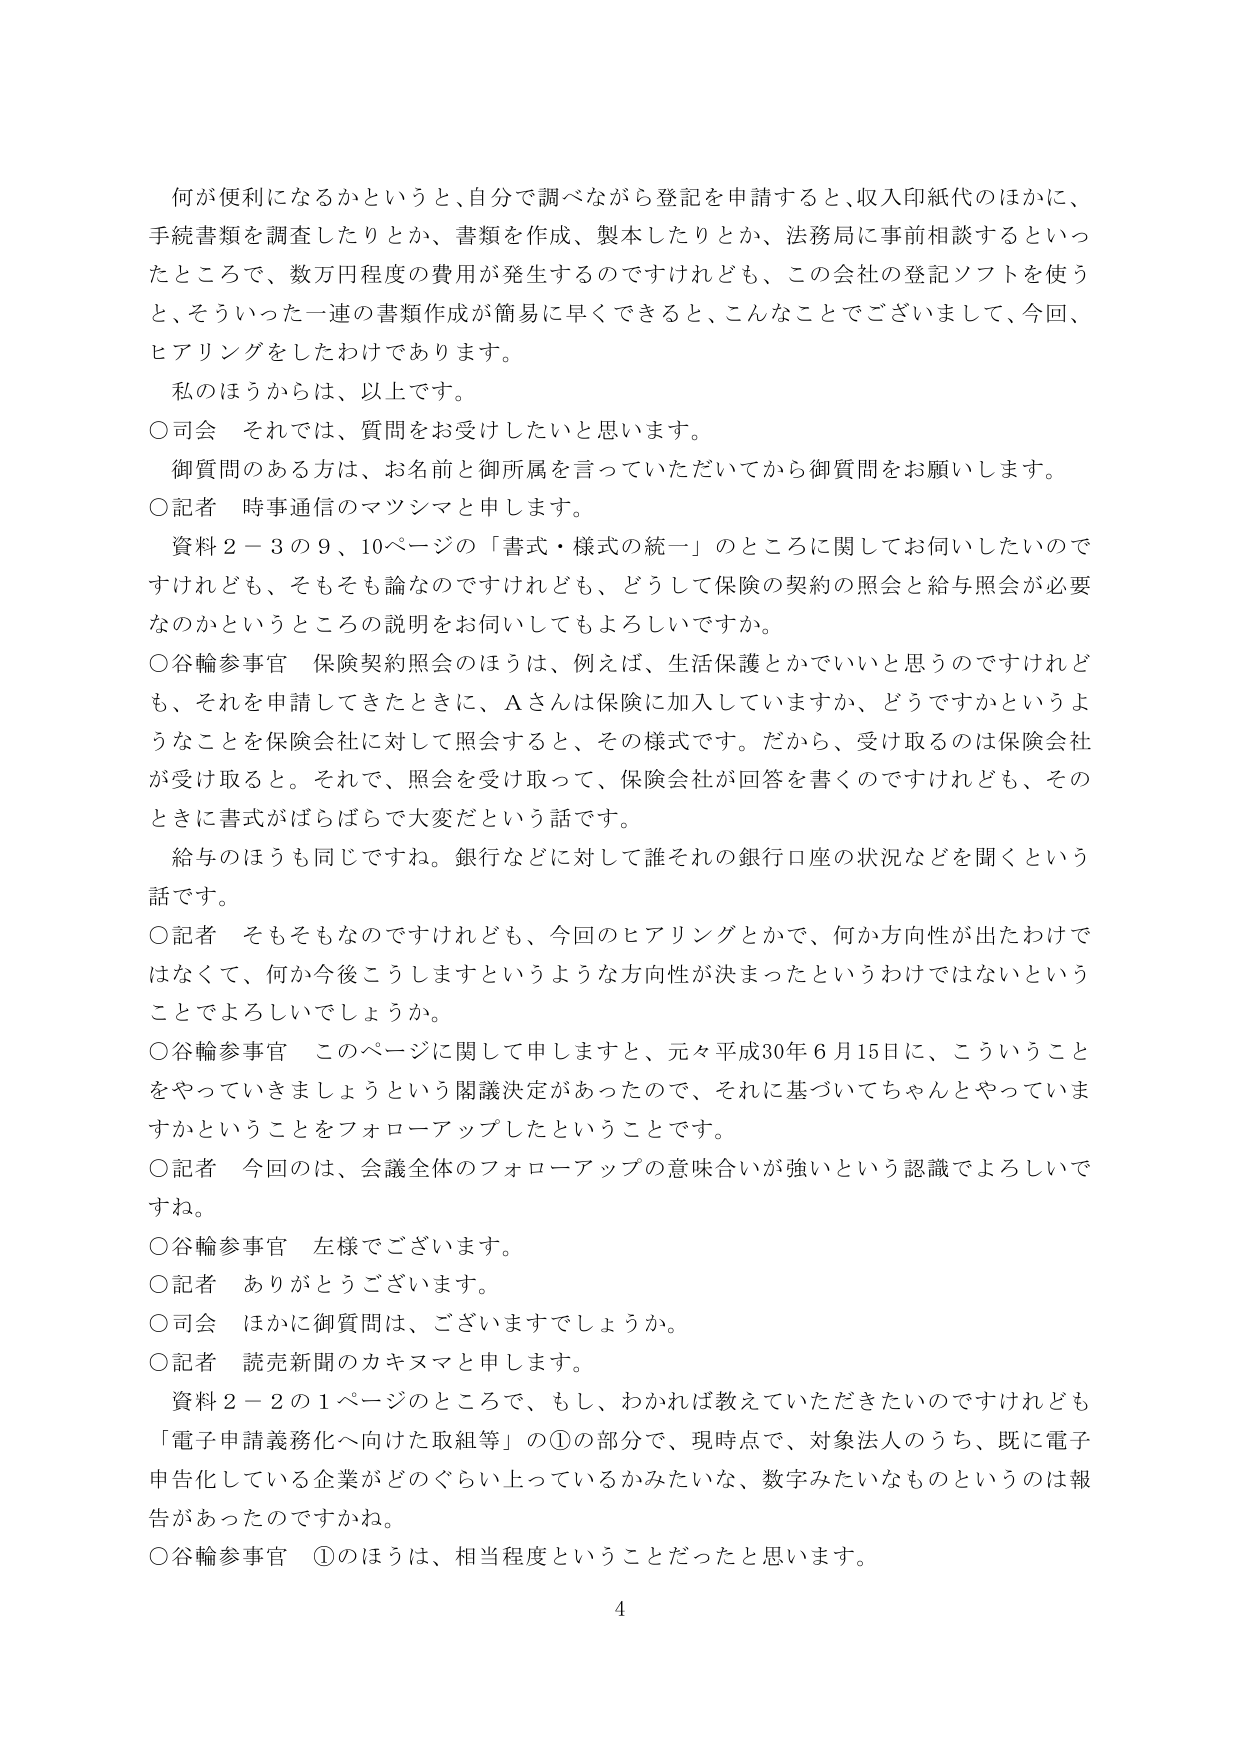
何が便利になるかというと、自分で調べながら登記を申請すると、収入印紙代のほかに、
手続書類を調査したりとか、書類を作成、製本したりとか、法務局に事前相談するといっ
たところで、数万円程度の費用が発生するのですけれども、この会社の登記ソフトを使う
と、そういった一連の書類作成が簡易に早くできると、こんなことでございまして、今回、
ヒアリングをしたわけであります。
私のほうからは、以上です。
○司会　それでは、質問をお受けしたいと思います。
　御質問のある方は、お名前と御所属を言っていただいてから御質問をお願いします。
○記者　時事通信のマツシマと申します。
　資料２－３の９、10ページの「書式・様式の統一」のところに関してお伺いしたいので
すけれども、そもそも論なのですけれども、どうして保険の契約の照会と給与照会が必要
なのかというところの説明をお伺いしてもよろしいですか。
○谷輪参事官　保険契約照会のほうは、例えば、生活保護とかでいいと思うのですけれど
も、それを申請してきたときに、Ａさんは保険に加入していますか、どうですかというよ
うなことを保険会社に対して照会すると、その様式です。だから、受け取るのは保険会社
が受け取ると。それで、照会を受け取って、保険会社が回答を書くのですけれども、その
ときに書式がばらばらで大変だという話です。
　給与のほうも同じですね。銀行などに対して誰それの銀行口座の状況などを聞くという
話です。
○記者　そもそもなのですけれども、今回のヒアリングとかで、何か方向性が出たわけで
はなくて、何か今後こうしますというような方向性が決まったというわけではないという
ことでよろしいでしょうか。
○谷輪参事官　このページに関して申しますと、元々平成30年6月15日に、こういうこと
をやっていきましょうという閣議決定があったので、それに基づいてちゃんとやっていま
すかということをフォローアップしたということです。
○記者　今回のは、会議全体のフォローアップの意味合いが強いという認識でよろしいで
すね。
○谷輪参事官　左様でございます。
○記者　ありがとうございます。
○司会　ほかに御質問は、ございますでしょうか。
○記者　読売新聞のカキヌマと申します。
　資料２－２の１ページのところで、もし、わかれば教えていただきたいのですけれども
「電子申請義務化へ向けた取組等」の①の部分で、現時点で、対象法人のうち、既に電子
申告化している企業がどのぐらい上っているかみたいな、数字みたいなものというのは報
告があったのですかね。
○谷輪参事官　①のほうは、相当程度ということだったと思います。
4